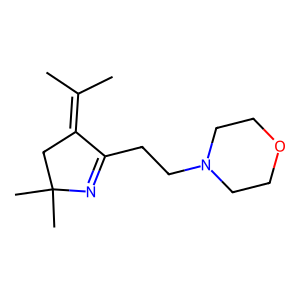
SMILES: CC(C)=C1CC(C)(C)N=C1CCN1CCOCC1
Inhibits HIV replication: No